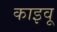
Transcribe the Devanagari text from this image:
काइवू